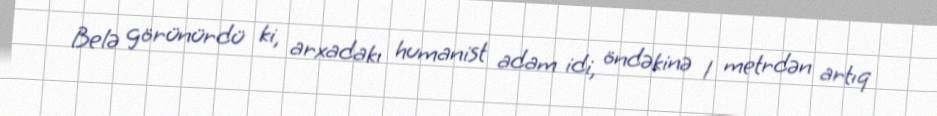
Belə görünürdü ki, arxadakı humanist adam idi, öndəkinə 1 metrdən artıq